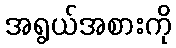
အရွယ်အစားကို